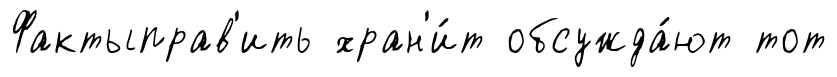
Фактыправ'ить хран'и́т обсужда́ют тот